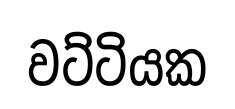
වට්ටියක